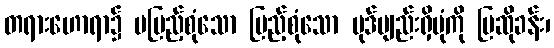
တရားဟောရာ၌ မပြည့်စုံသော ပြည့်စုံသော ပုဒ်ဗျည်းရှိပုံကို ပြဆိုခန်း၊